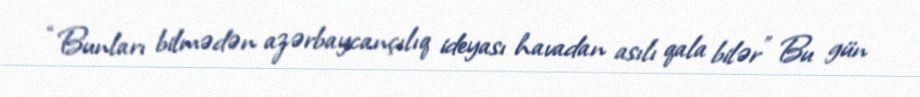
“Bunları bilmədən azərbaycançılıq ideyası havadan asılı qala bilər” Bu gün